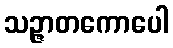
သဉ္ဇာတကောပေါ